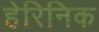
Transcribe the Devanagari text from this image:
हेरिनिक